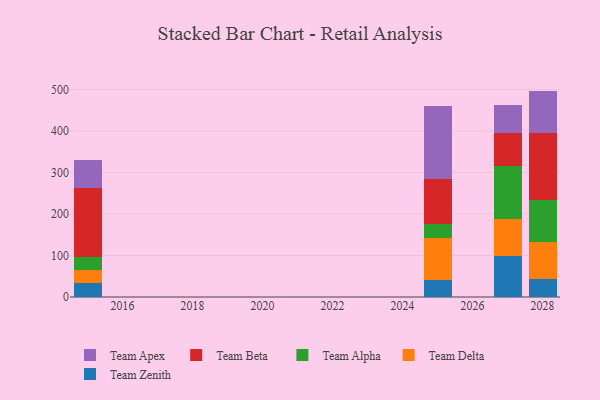
{"axis": {"x": "Year", "y": "LTV (USD)"}, "legend": ["Team Alpha", "Team Apex", "Team Beta", "Team Delta", "Team Zenith"], "data": [{"x": "2025", "y": 40.4, "type": "Team Zenith"}, {"x": "2025", "y": 101.1, "type": "Team Delta"}, {"x": "2025", "y": 33.4, "type": "Team Alpha"}, {"x": "2025", "y": 108.5, "type": "Team Beta"}, {"x": "2025", "y": 177.8, "type": "Team Apex"}, {"x": "2015", "y": 34.2, "type": "Team Zenith"}, {"x": "2015", "y": 31.3, "type": "Team Delta"}, {"x": "2015", "y": 29.9, "type": "Team Alpha"}, {"x": "2015", "y": 168.0, "type": "Team Beta"}, {"x": "2015", "y": 65.9, "type": "Team Apex"}, {"x": "2027", "y": 98.4, "type": "Team Zenith"}, {"x": "2027", "y": 89.8, "type": "Team Delta"}, {"x": "2027", "y": 127.7, "type": "Team Alpha"}, {"x": "2027", "y": 78.8, "type": "Team Beta"}, {"x": "2027", "y": 68.4, "type": "Team Apex"}, {"x": "2028", "y": 43.1, "type": "Team Zenith"}, {"x": "2028", "y": 88.3, "type": "Team Delta"}, {"x": "2028", "y": 103.1, "type": "Team Alpha"}, {"x": "2028", "y": 161.6, "type": "Team Beta"}, {"x": "2028", "y": 100.6, "type": "Team Apex"}]}